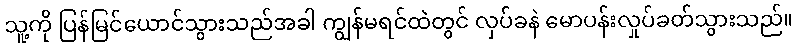
သူ့ကို ပြန်မြင်ယောင်သွားသည်အခါ ကျွန်မရင်ထဲတွင် လှပ်ခနဲ မောပန်းလှုပ်ခတ်သွားသည်။